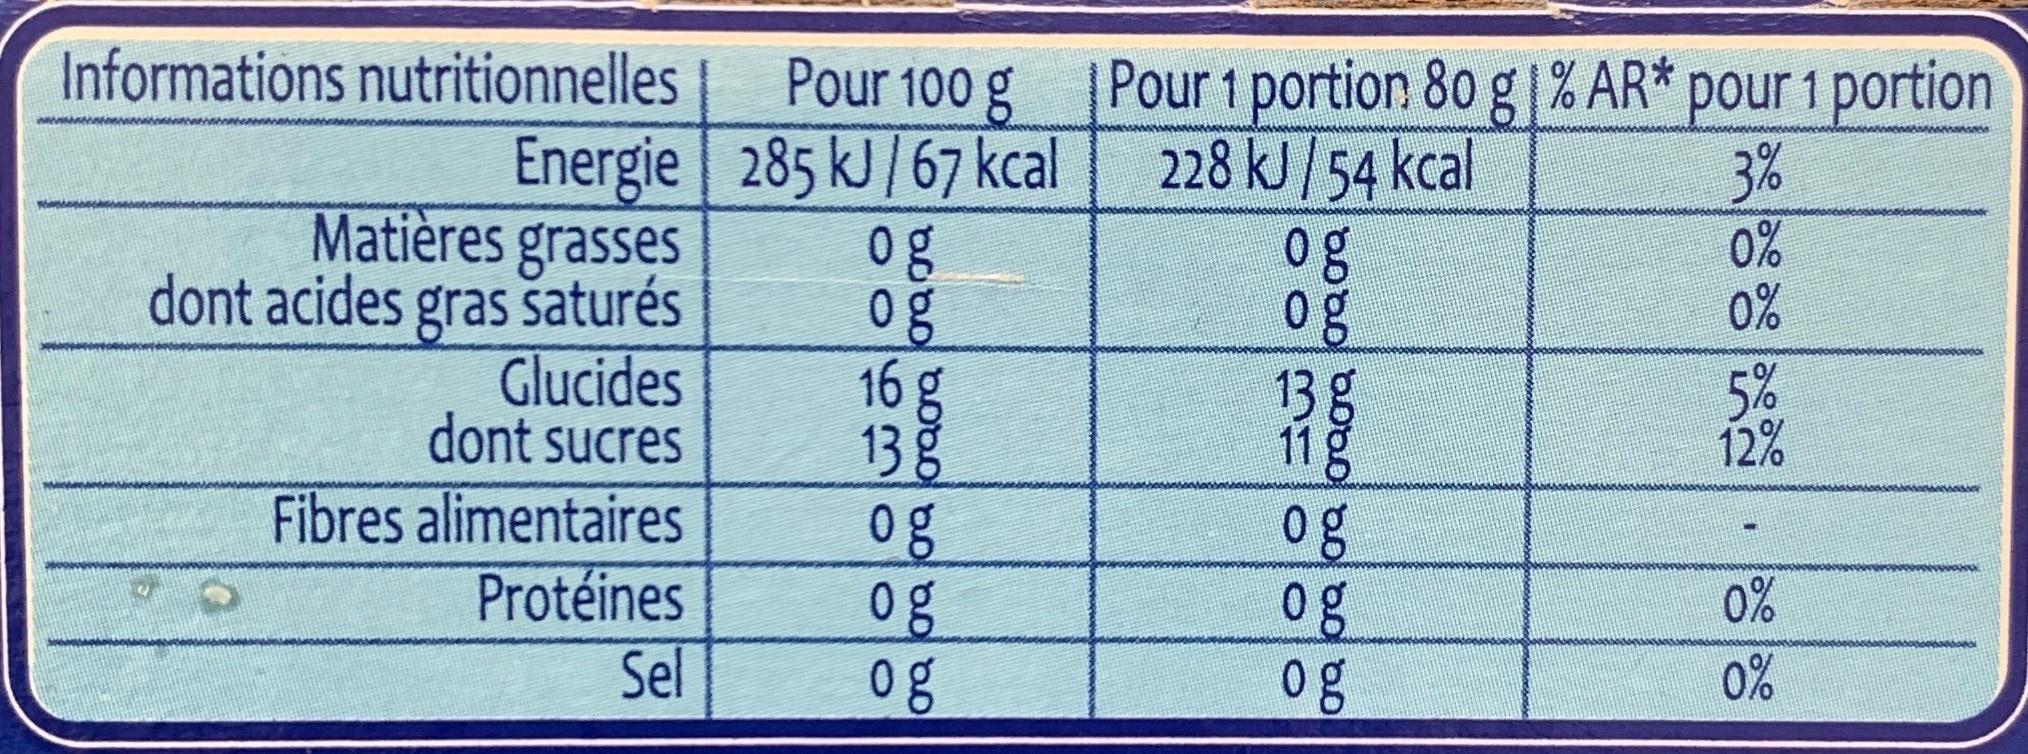
Informations nutritionnelles
Energie
Matières grasses
dont acides gras saturés
Glucides dont sucres
Fibres alimentaires
Protéines
Sel
Pour 100 g
285 kJ/67 kcal
og
0630
ora oa oa loaga daga
og
16 g 13
g
og og
og
Pour 1 portion 80 g % AR* pour 1 portion 228 kJ/54 kcal
3%
0%
0%
og
bobo bobo bo do Go 3000
og
13 g
11 g
og
og
og
5% 12%
1
0%
0%